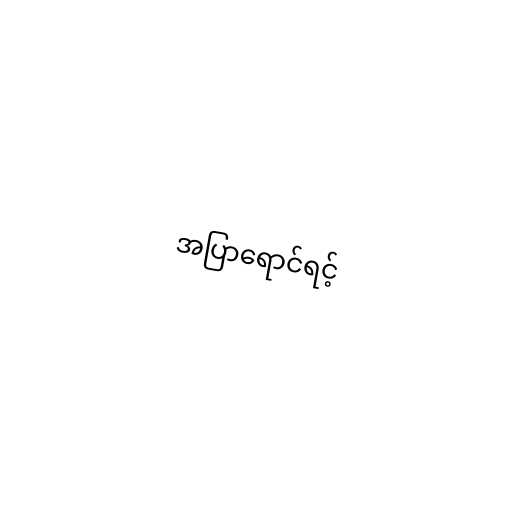
အပြာရောင်ရင့်